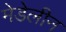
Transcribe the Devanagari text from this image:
मेडेलीन